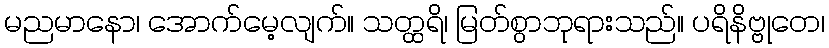
မညမာနော၊ အောက်မေ့လျက်။ သတ္ထရိ၊ မြတ်စွာဘုရားသည်။ ပရိနိဗ္ဗုတေ၊